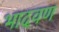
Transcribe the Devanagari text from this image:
भादवण